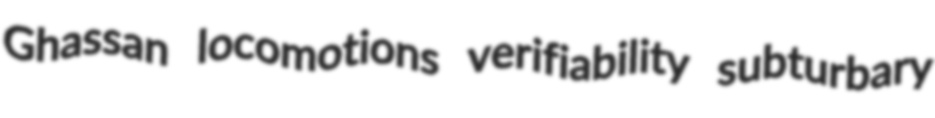
Ghassan locomotions verifiability subturbary